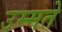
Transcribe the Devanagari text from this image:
उम्मते